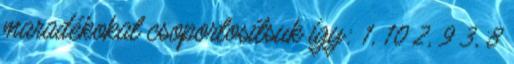
maradékokat csoportosítsuk így: 1, 10 2, 9 3, 8